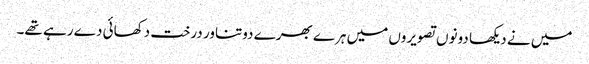
میں نے دیکھا دونوں تصویروں میں ہرے بھرے دوتناور درخت دکھائی دے رہے تھے۔